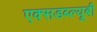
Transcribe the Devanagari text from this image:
एक्सडब्ल्यूबी